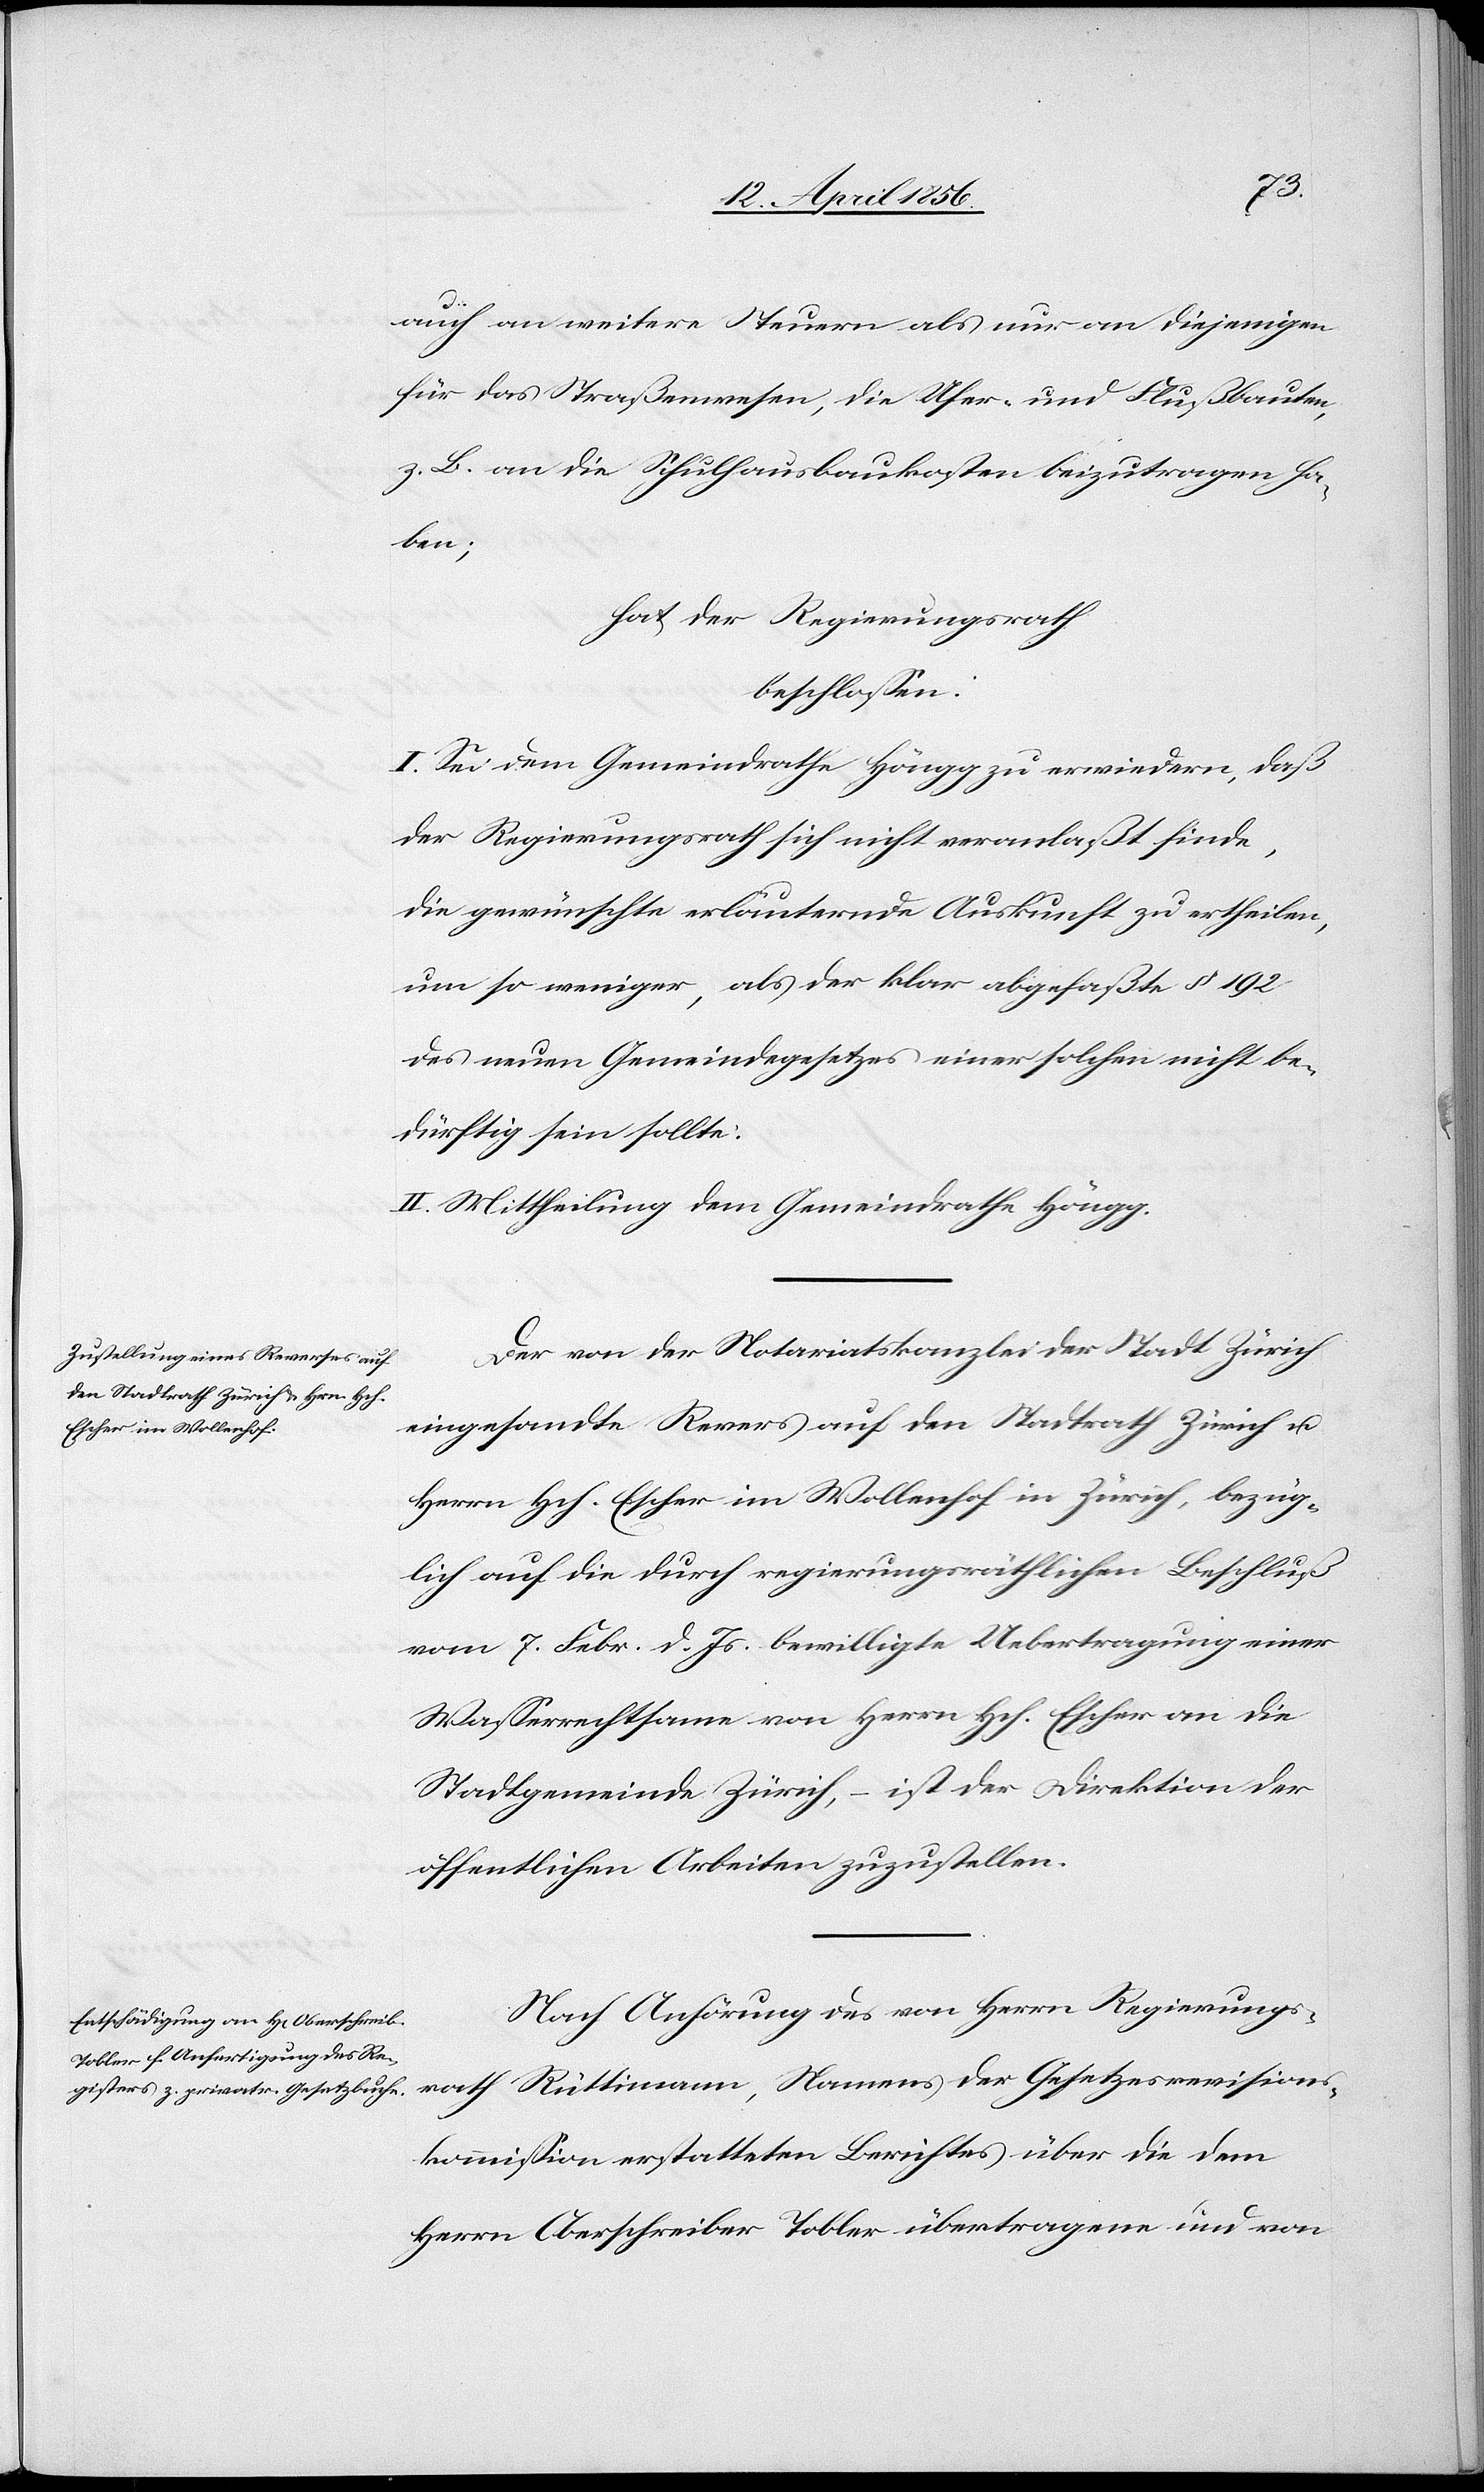
auch an weitere Steuern als nur an diejenigen
für das Straßenwesen, die Ufer- und Flußbauten,
z. B. an die Schulausbaukosten beizutragen ha¬
ben;
hat der Regierungsrath
beschlossen:
I. Sei dem Gemeindrathe Höngg zu erwiedern, daß
der Regierungsrath sich nicht veranlaßt finde,
die gewünschte erläuternde Auskunft zu ertheilen,
um so weniger, als der klar abgefaßte § 192
des neuen Gemeindegesetzes einer solchen nicht be¬
dürftig sein sollte.
II. Mittheilung dem Gemeindrathe Höngg.
Der von der Notariatskanzlei der Stadt Zürich
eingesandte Revers auf den Stadtrath Zürich u.
Herrn Hch. Escher im Wollenhof in Zürich, bezüg¬
lich auf die durch regierungsräthlichen Beschluß
vom 7. Febr. d. Js. bewilligte Uebertragung einer
Wasserrechtsame von Herrn Hch. Escher an die
Stadtgemeinde Zürich, – ist der Direktion der
öffentlichen Arbeiten zuzustellen.
Nach Anhörung des von Herrn Regierungs¬
rath Rüttimann, Namens der Gesetzesrevisions¬
kommission erstatteten Berichtes über die dem
Herrn Oberschreiber Tobler übertragene und von